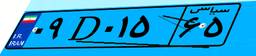
۰۲D۴۱۶۷۸